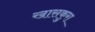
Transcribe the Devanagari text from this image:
खासकुरा